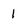
Character: I